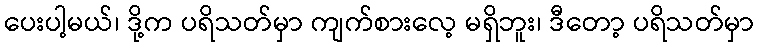
ပေးပါ့မယ်၊ ဒို့က ပရိသတ်မှာ ကျက်စားလေ့ မရှိဘူး၊ ဒီတော့ ပရိသတ်မှာ